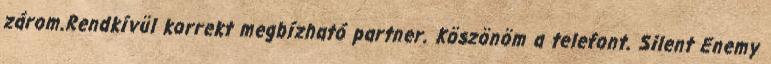
zárom.Rendkívül korrekt megbízható partner. Köszönöm a telefont. Silent Enemy